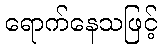
ရောက်နေသဖြင့်